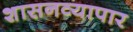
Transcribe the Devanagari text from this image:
शासनव्यापार